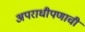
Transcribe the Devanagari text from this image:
अपराधीपणाची